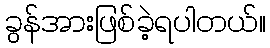
ခွန်အားဖြစ်ခဲ့ရပါတယ်။